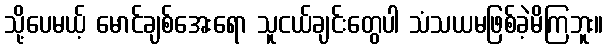
သို့ပေမယ့် မောင်ချစ်အေးရော သူငယ်ချင်းတွေပါ သံသယမဖြစ်ခဲ့မိကြဘူး။